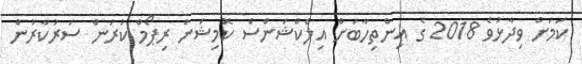
ކަމަށް ވިދާޅުވެ 2018 ގެ އިންތިހާބަށް އިލެކްޝަންސް ކޮމިޝަން ރިޕޯމް ކުރަން ސަރުކާރުން